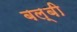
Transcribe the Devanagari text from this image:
बल्बी